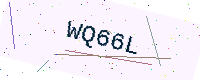
Text: WQ66L